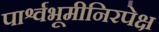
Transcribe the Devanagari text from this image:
पार्श्वभूमीनिरपेक्ष